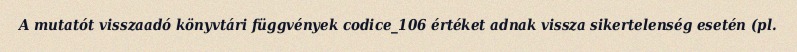
A mutatót visszaadó könyvtári függvények codice_106 értéket adnak vissza sikertelenség esetén (pl.